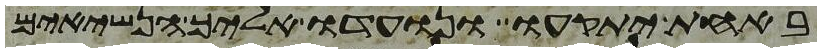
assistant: באחת יתקעו ונועדו אליך הנשיאים